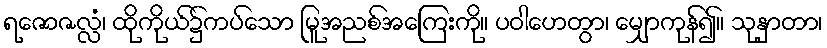
ရဇောဇလ္လံ၊ ထိုကိုယ်၌ကပ်သော မြူအညစ်အကြေးကို။ ပဝါဟေတွာ၊ မျှောကုန်၍။ သုနှာတာ၊